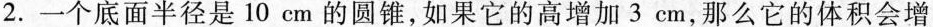
2.一个底面半径是10cm的圆锥，如果它的高增加3cm，那么它的体积会增